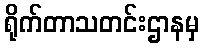
ရိုက်တာသတင်းဌာနမှ